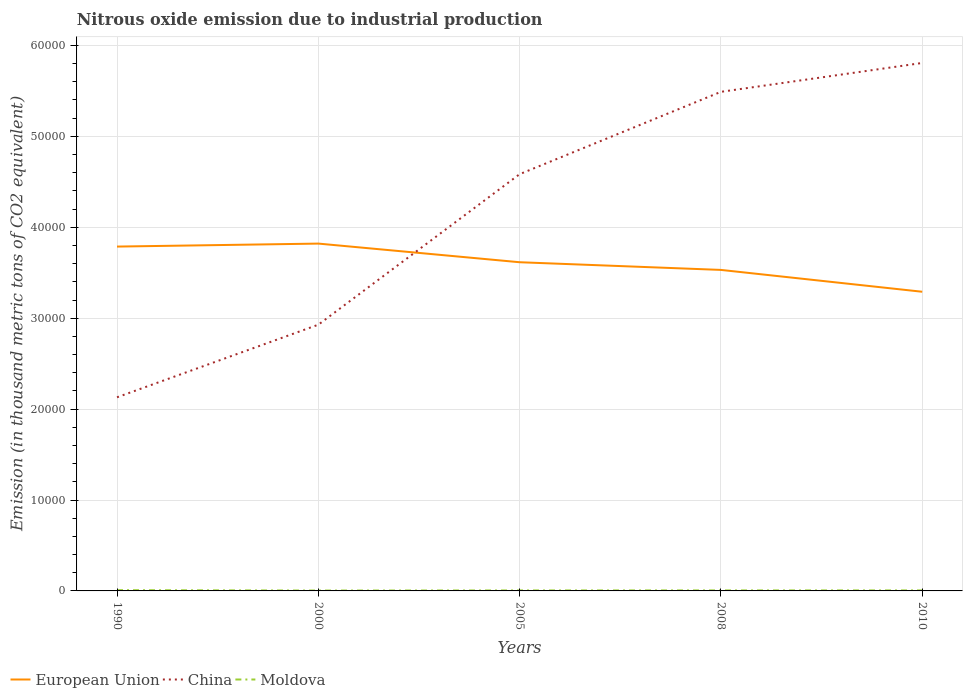
| Years | European Union | China | Moldova |
 | --- | --- | --- | --- |
 | 1990 | 3.79e+04 | 2.13e+04 | 84.7 |
 | 2000 | 3.82e+04 | 2.93e+04 | 40.8 |
 | 2005 | 3.62e+04 | 4.58e+04 | 52.6 |
 | 2008 | 3.53e+04 | 5.49e+04 | 55.7 |
 | 2010 | 3.29e+04 | 5.81e+04 | 55.3 |